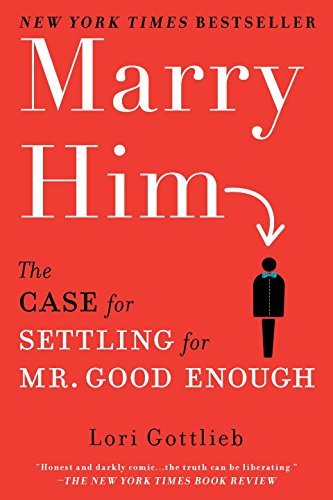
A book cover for Marry Him: The Case for Settling for Mr. Good Enough; Lori Gottlieb; Self-Help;